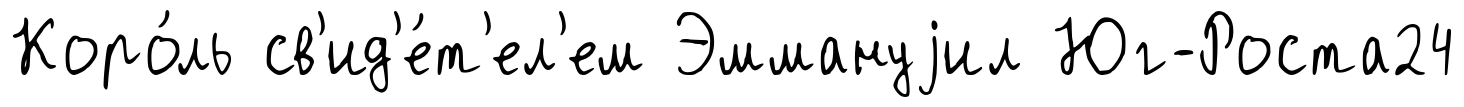
Коро́ль св'ид'е́т'ел'ем Эммануjил Юг-Роста24